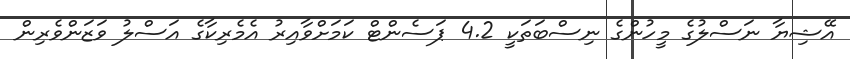
އޭޝިޔާ ނަސްލުގެ މީހުންގެ ނިސްބަތަކީ 4.2 ޕަސެންޓް ކަމަށްވާއިރު އެމެރިކާގެ އަސްލު ވަޒަންވެރިން